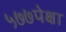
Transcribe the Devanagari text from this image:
५७७पेक्षा